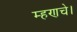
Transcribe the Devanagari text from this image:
म्हणचे।